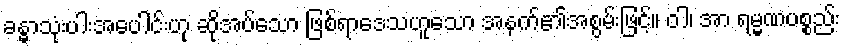
ခန္ဓာသုံးပါးအပေါင်းဟု ဆိုအပ်သော ဖြစ်ရာဒေသဟူသော အနက်၏အစွမ်းဖြင့်။ ဝါ၊ အာ ရမ္မဏပစ္စည်း